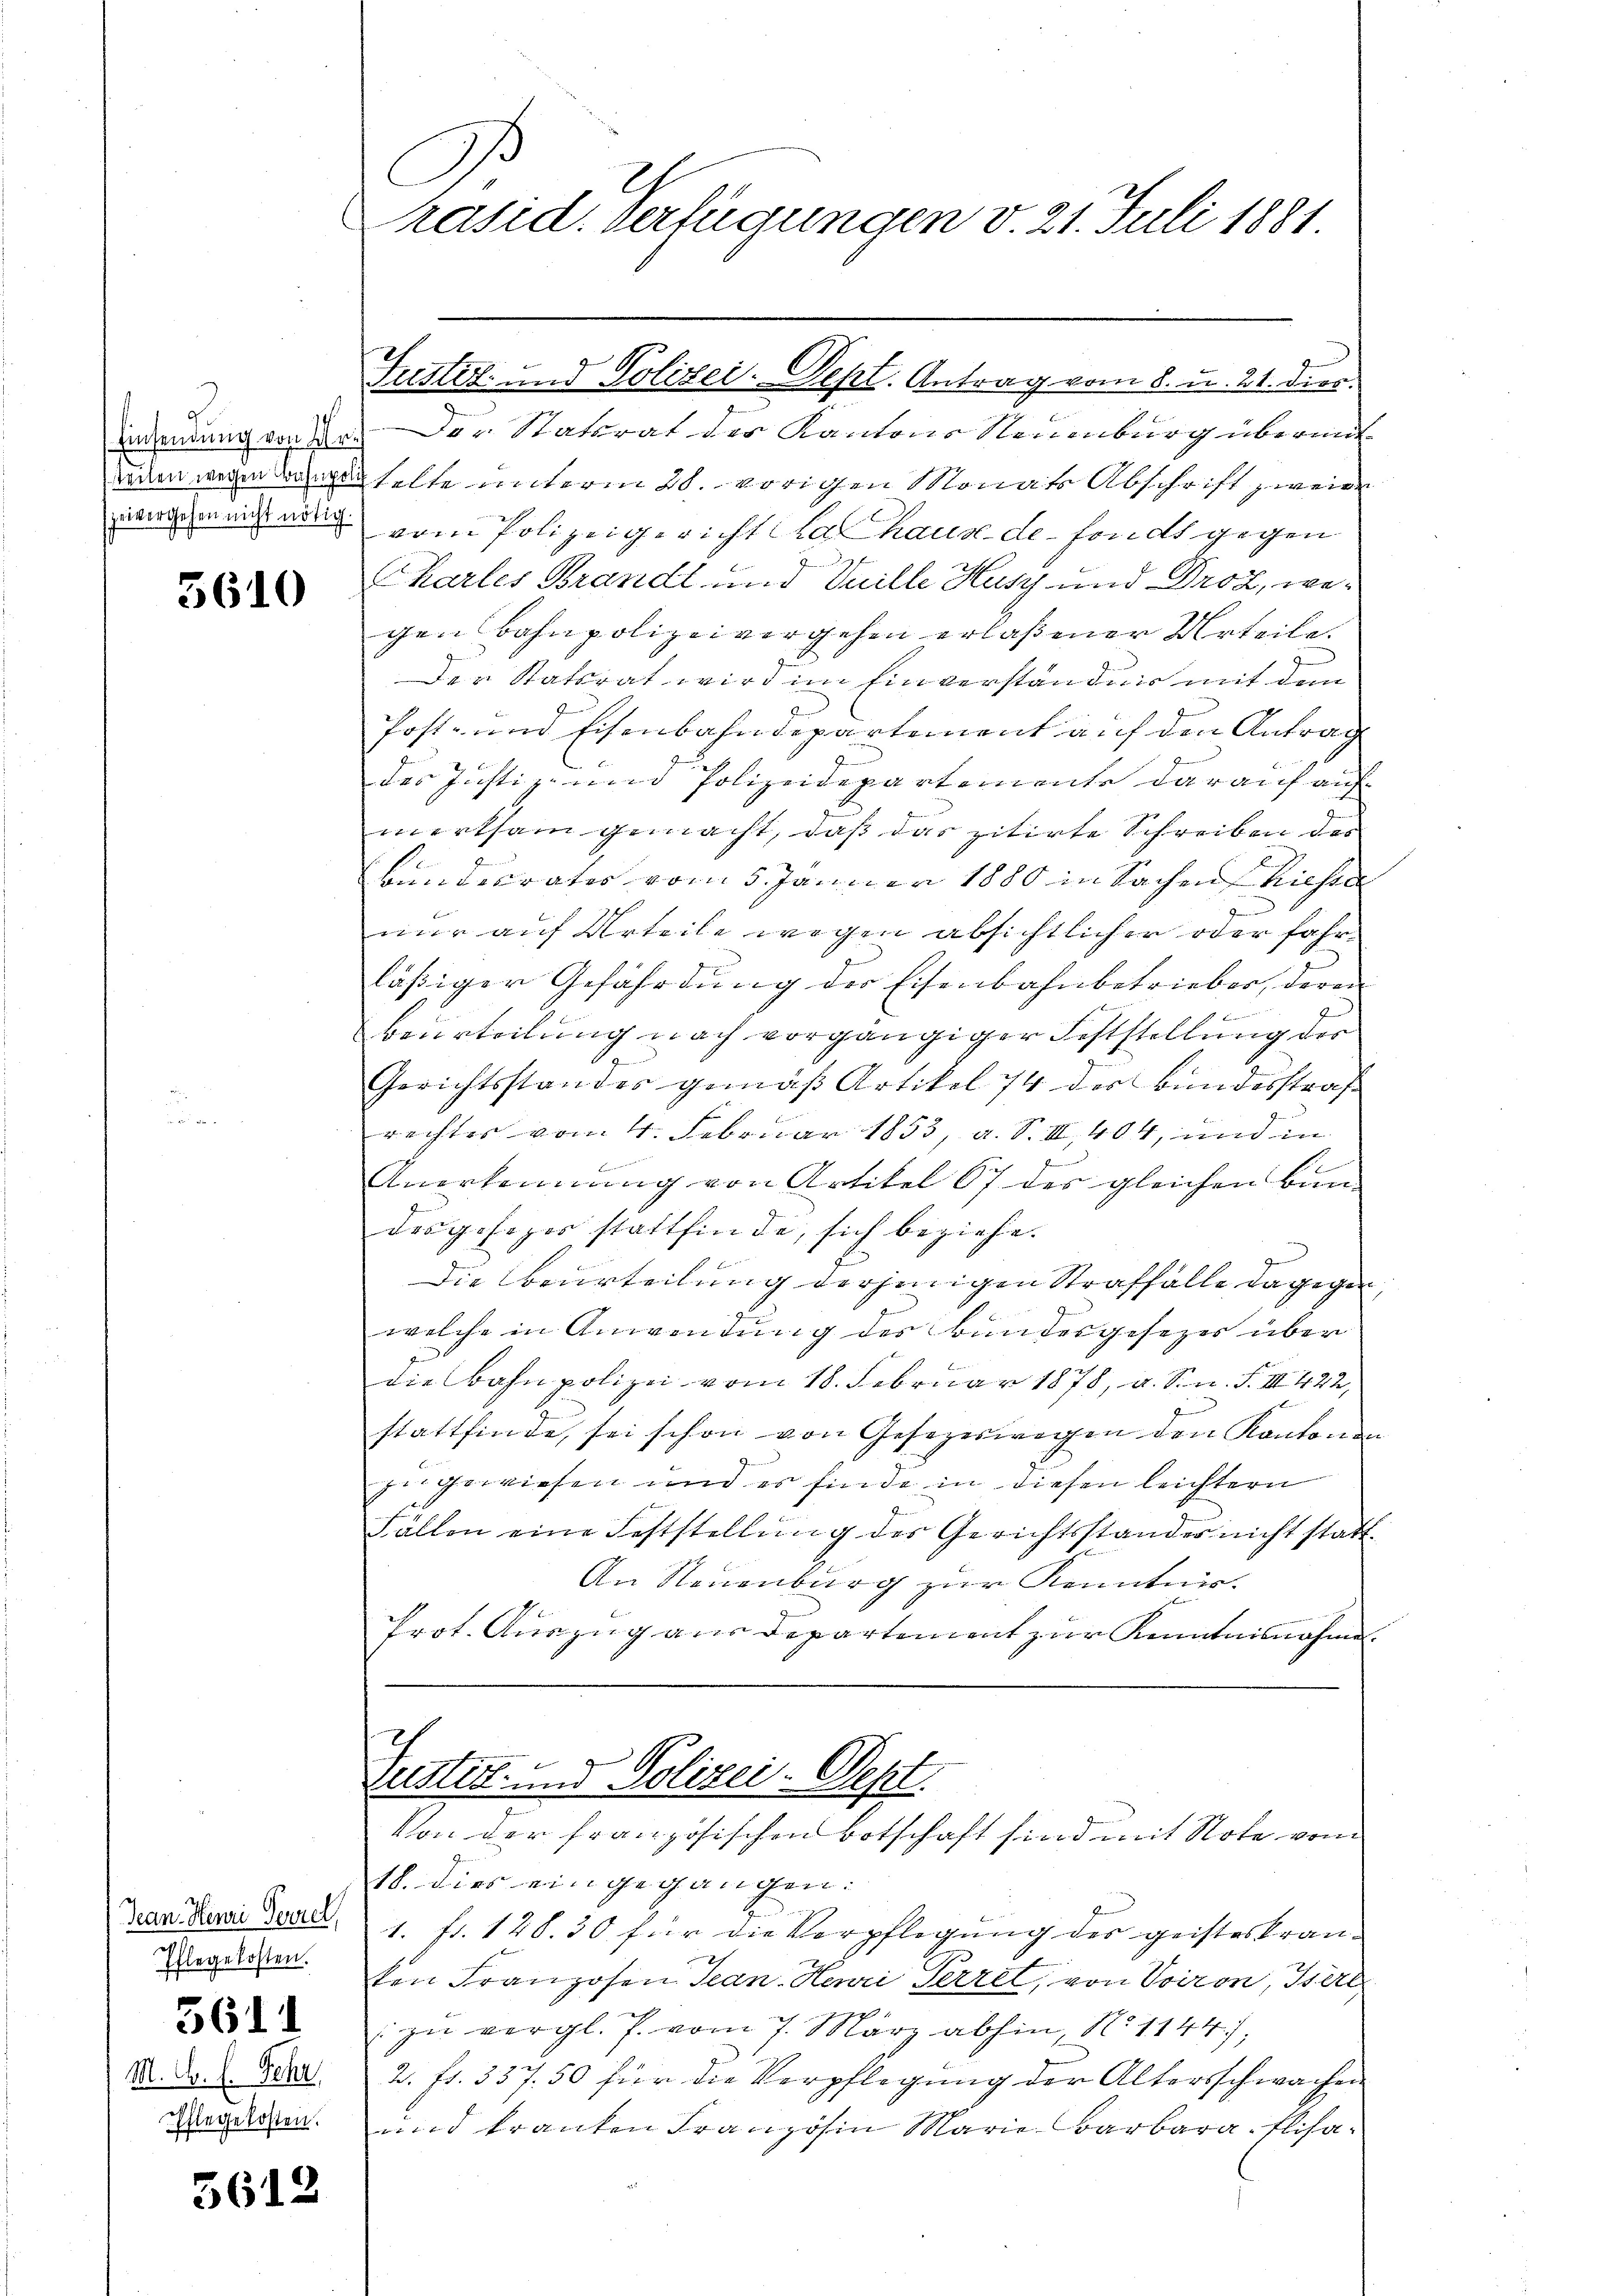
Einsendung von Ur
steilen wegen Bahnpoli
zeivergehen nicht nötig

5610

Gean. Henri Verzel,
Ehlegekosten.
5611
M. E. E. Fehr
Pflege kosten.

5612

C
räsid. Verfügungen v. 21. Juli 1881

Der Statsrat des Kantons Neuenburg übermit
telte unterm 28. vorigen Monats Abschrift zweide
vom Polizeigericht la haus de fonds gegen
Chartes Brandl und Vuille Hus und Droz, wegen Bahnpolizeivergehen erlaßener Urteile.
Der Statsrat wird im Einverständnis mit dem
g
f
Post- und Eisenbahndepartement auf den Antrag
der Justiz- und Polizeidepartemente darauf auf
merksam gemacht, daß das zitirte Schreiben des
Bundesrates vom 5. Januar 1880 in Sachen hieste

nur auf Urteile wegen absichtlicher oder fahrläßiger Gefährdung der Eisenbahnbetrieber, deren
Kanin
Beurteilung nach vorgängiger Feststellung der
Gerichtsstandes gemäß Artikel 74 der Bundesstraf
rechtes vom 4. Februar 1853, a. S. II, 404, und in
Anerkennung von Artikel 67 des gleichen Bun-
desgeheger stattfinde, sich beziehe.
die beurteilung derjenigen Straffalle dagegen,
welche in Anwendung des Bundesgesezes über
die Bahnpolizei vom 18. Februar 1878, a. S. n. F. III 422,
stattfinde, sei schon von Gesetzeswegen den Kantonen
zu gewiesen und es finde in diesen leichtern
Fällen eine Feststellung des Gerichtsstandes nicht statt¬
An Neuenburg zur Kenntnis
5
Prot. Auszug aus Departement zur Kenntnisnahme.
Justiz- und Polizei. Sept.

Justiz- und Polizei-Dept. Antrag vom 8. u. 21. dies.

Von der französischen Botschaft sind mit Note vom

18. Dies eingegangen:
1. Fr. 128. 30 für die Verpflegung des geisteskranten Franzosen Jean Henri Perret, von Voiron, Isert
zu vergl. P. vom 7. März abhin, No 1144)
2. fr. 337. 50 für die Verpflegung der Altersschwachen
und kranken Französin Marie Barbara Elisa¬